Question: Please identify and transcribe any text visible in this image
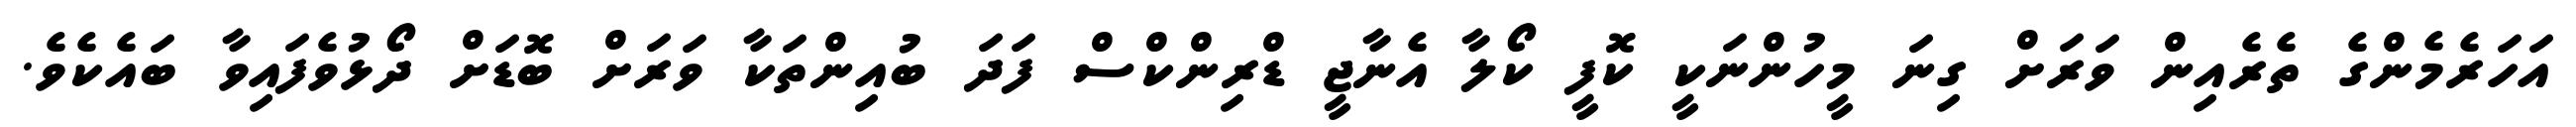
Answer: އަހަރެމެންގެ ތެރެއިން ވަރަށް ގިނަ މީހުންނަކީ ކޮފީ ކޯލާ އެނާޖީ ޑްރިންކްސް ފަދަ ބުއިންތަކާ ވަރަށް ބޮޑަށް ދޯޅުވެފައިވާ ބައެކެވެ.